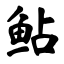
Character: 鲇